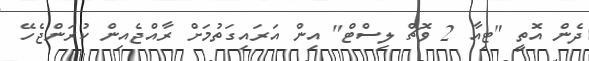
ދެން އޮތީ "ޓިއާ 2 ވޮޗް ލިސްޓް" އިން އަރައިގަތުމަށް ރާއްޖެއިން ކުރަންޖެހޭ